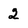
Character: 2